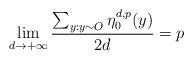
LaTeX: \begin{align*}\lim_{d\rightarrow+\infty} \frac{\sum_{y:y\sim O}\eta_0^{d,p}(y)}{2d}=p\end{align*}